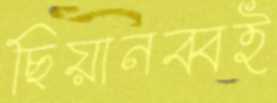
ছিয়ানব্বই